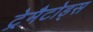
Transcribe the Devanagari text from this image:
ट्रेमैटोड्स